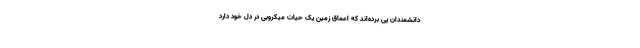
دانشمندان پی برده‌اند که اعماق زمین یک حیات میکروبی در دل خود دارد